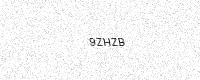
Text: 9ZHZB